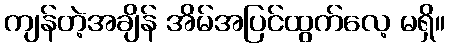
ကျန်တဲ့အချိန် အိမ်အပြင်ထွက်လေ့ မရှိ။